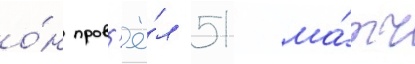
о́н пров'ё́л 51 ма́тч